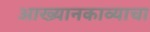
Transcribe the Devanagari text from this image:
आख्यानकाव्याचा